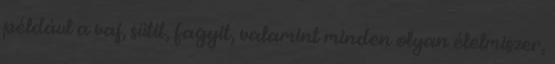
például a vaj, sütit, fagyit, valamint minden olyan élelmiszer,